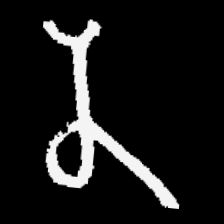
Pyu character \u2014 Myanmar letter: န (romanized: na)